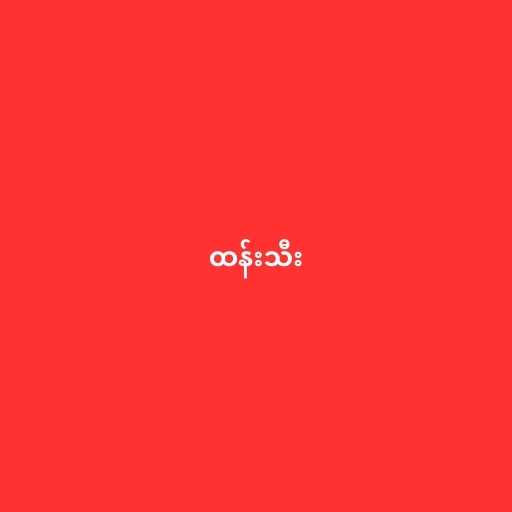
ထန်းသီး